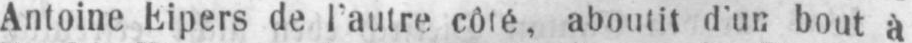
Antonie Eipers de l’autre côté, aboutit d’un bout à